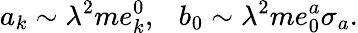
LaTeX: a_{k}\sim\lambda^{2}me_{k}^{0},~~~b_{0}\sim\lambda^{2}me_{0}^{a}\sigma_{a}.